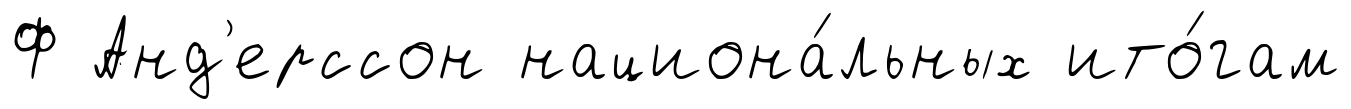
Ф Анд'ерссон национа́льных ито́гам